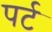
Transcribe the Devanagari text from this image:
पर्ट